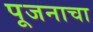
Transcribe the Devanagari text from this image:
पूजनाचा